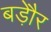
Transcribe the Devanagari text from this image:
बड़ेौर